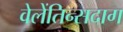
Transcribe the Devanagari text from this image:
वेलेंतिन्सदाग